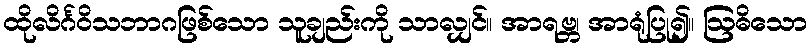
ထိုလိင်္ဂဝိသဘာဂဖြစ်သော သူချည်းကို သာလျှင်။ အာရဗ္ဘ၊ အာရုံပြု၍။ ဩဓိသော